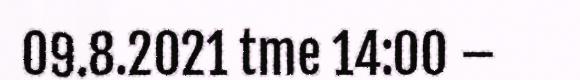
09.8.2021 tme 14:00 –